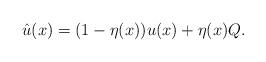
LaTeX: \begin{align*}\hat{u}(x) = (1-\eta(x)) u(x) + \eta(x)Q. \end{align*}